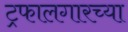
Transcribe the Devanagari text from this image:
ट्रफालगारच्या